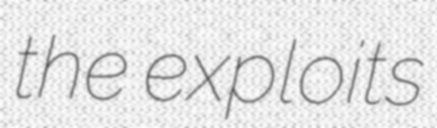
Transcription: the exploits